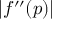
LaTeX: \left| f ^ { \prime \prime } ( p ) \right|